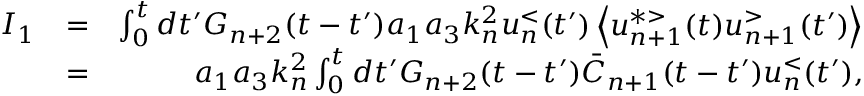
\begin{array} { r l r } { I _ { 1 } } & { = } & { \int _ { 0 } ^ { t } d t ^ { \prime } G _ { n + 2 } ( t - t ^ { \prime } ) a _ { 1 } a _ { 3 } k _ { n } ^ { 2 } u _ { n } ^ { < } ( t ^ { \prime } ) \left\langle u _ { n + 1 } ^ { * > } ( t ) u _ { n + 1 } ^ { > } ( t ^ { \prime } ) \right\rangle } \\ & { = } & { a _ { 1 } a _ { 3 } k _ { n } ^ { 2 } \int _ { 0 } ^ { t } d t ^ { \prime } G _ { n + 2 } ( t - t ^ { \prime } ) \bar { C } _ { n + 1 } ( t - t ^ { \prime } ) u _ { n } ^ { < } ( t ^ { \prime } ) , } \end{array}